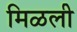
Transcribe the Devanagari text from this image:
मिळली